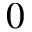
0